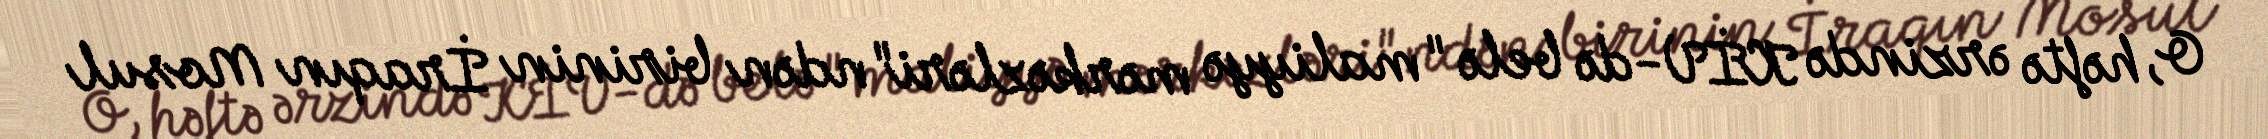
O, həftə ərzində KİV-də belə "maliyyə mərkəzləri"ndən birinin İraqın Mosul